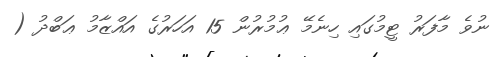
ނުވެ މާފަރު ޓީމުގައި ހިނެމޭ ޢުމުރުން 15 އަހަރުގެ އައްޒާމު ޢަބްދު (